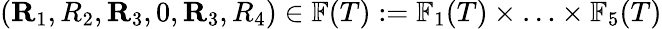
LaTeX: (\mathbf{R}_{1},R_{2},\mathbf{R}_{3},0,\mathbf{R}_{3},R_{4})\in\mathbb{F}(T):=\mathbb{F}_{1}(T)\times\ldots\times\mathbb{F}_{5}(T)